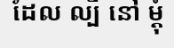
ដែល ល្បី នៅ ម្តុំ